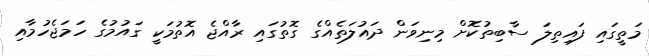
މަތީގައި ފައިތިލަ ސާބިތުކޮށް މިނިވަން ދައުލަތެއްގެ ގޮތުގައި ރާއްޖެ އޮތުމަކީ ގައުމުގެ ހަމަޖެހުމާއި